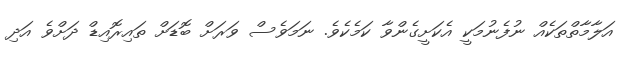
އަލާމާތްތަކެއް ނުފެނުމަކީ އެކަށީގެންވާ ކަމެކެވެ. ނަމަވެސް ވަރަށް ބޮޑަށް ތައިރޮއިޑް ދަށްވެ އަދި